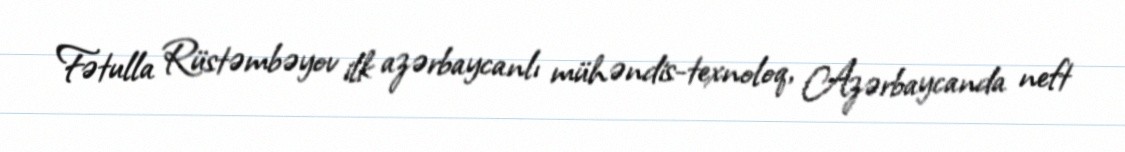
Fətulla Rüstəmbəyov ilk azərbaycanlı mühəndis-texnoloq, Azərbaycanda neft